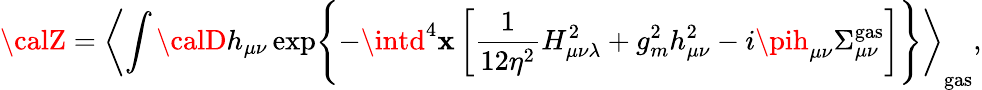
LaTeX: {\calZ}=\left<\int{\calD}h_{\mu\nu}\exp\Biggl\{ -\intd^{4}\mathbf{x}\left[\frac{1}{{12\eta^{2}}}H_{\mu\nu\lambda}^{2}+g_{m}^{2}h_{\mu\nu}^{2}-i\pih_{\mu\nu}\Sigma_{\mu\nu}^{\mathrm{{gas}}}\right]\Biggr\} \right>_{\mathrm{{gas}}},